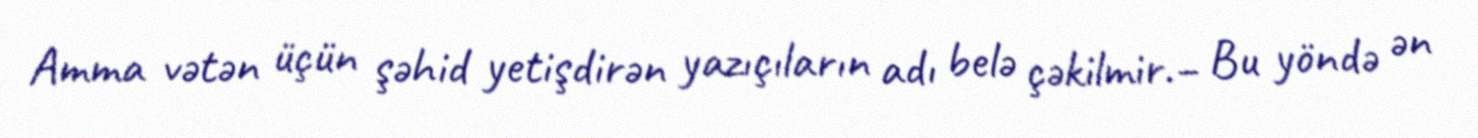
Amma vətən üçün şəhid yetişdirən yazıçıların adı belə çəkilmir.– Bu yöndə ən